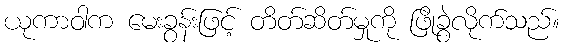
ယုကာဝါက မေးခွန်းဖြင့် တိတ်ဆိတ်မှုကို ဖြိုခွဲလိုက်သည်။